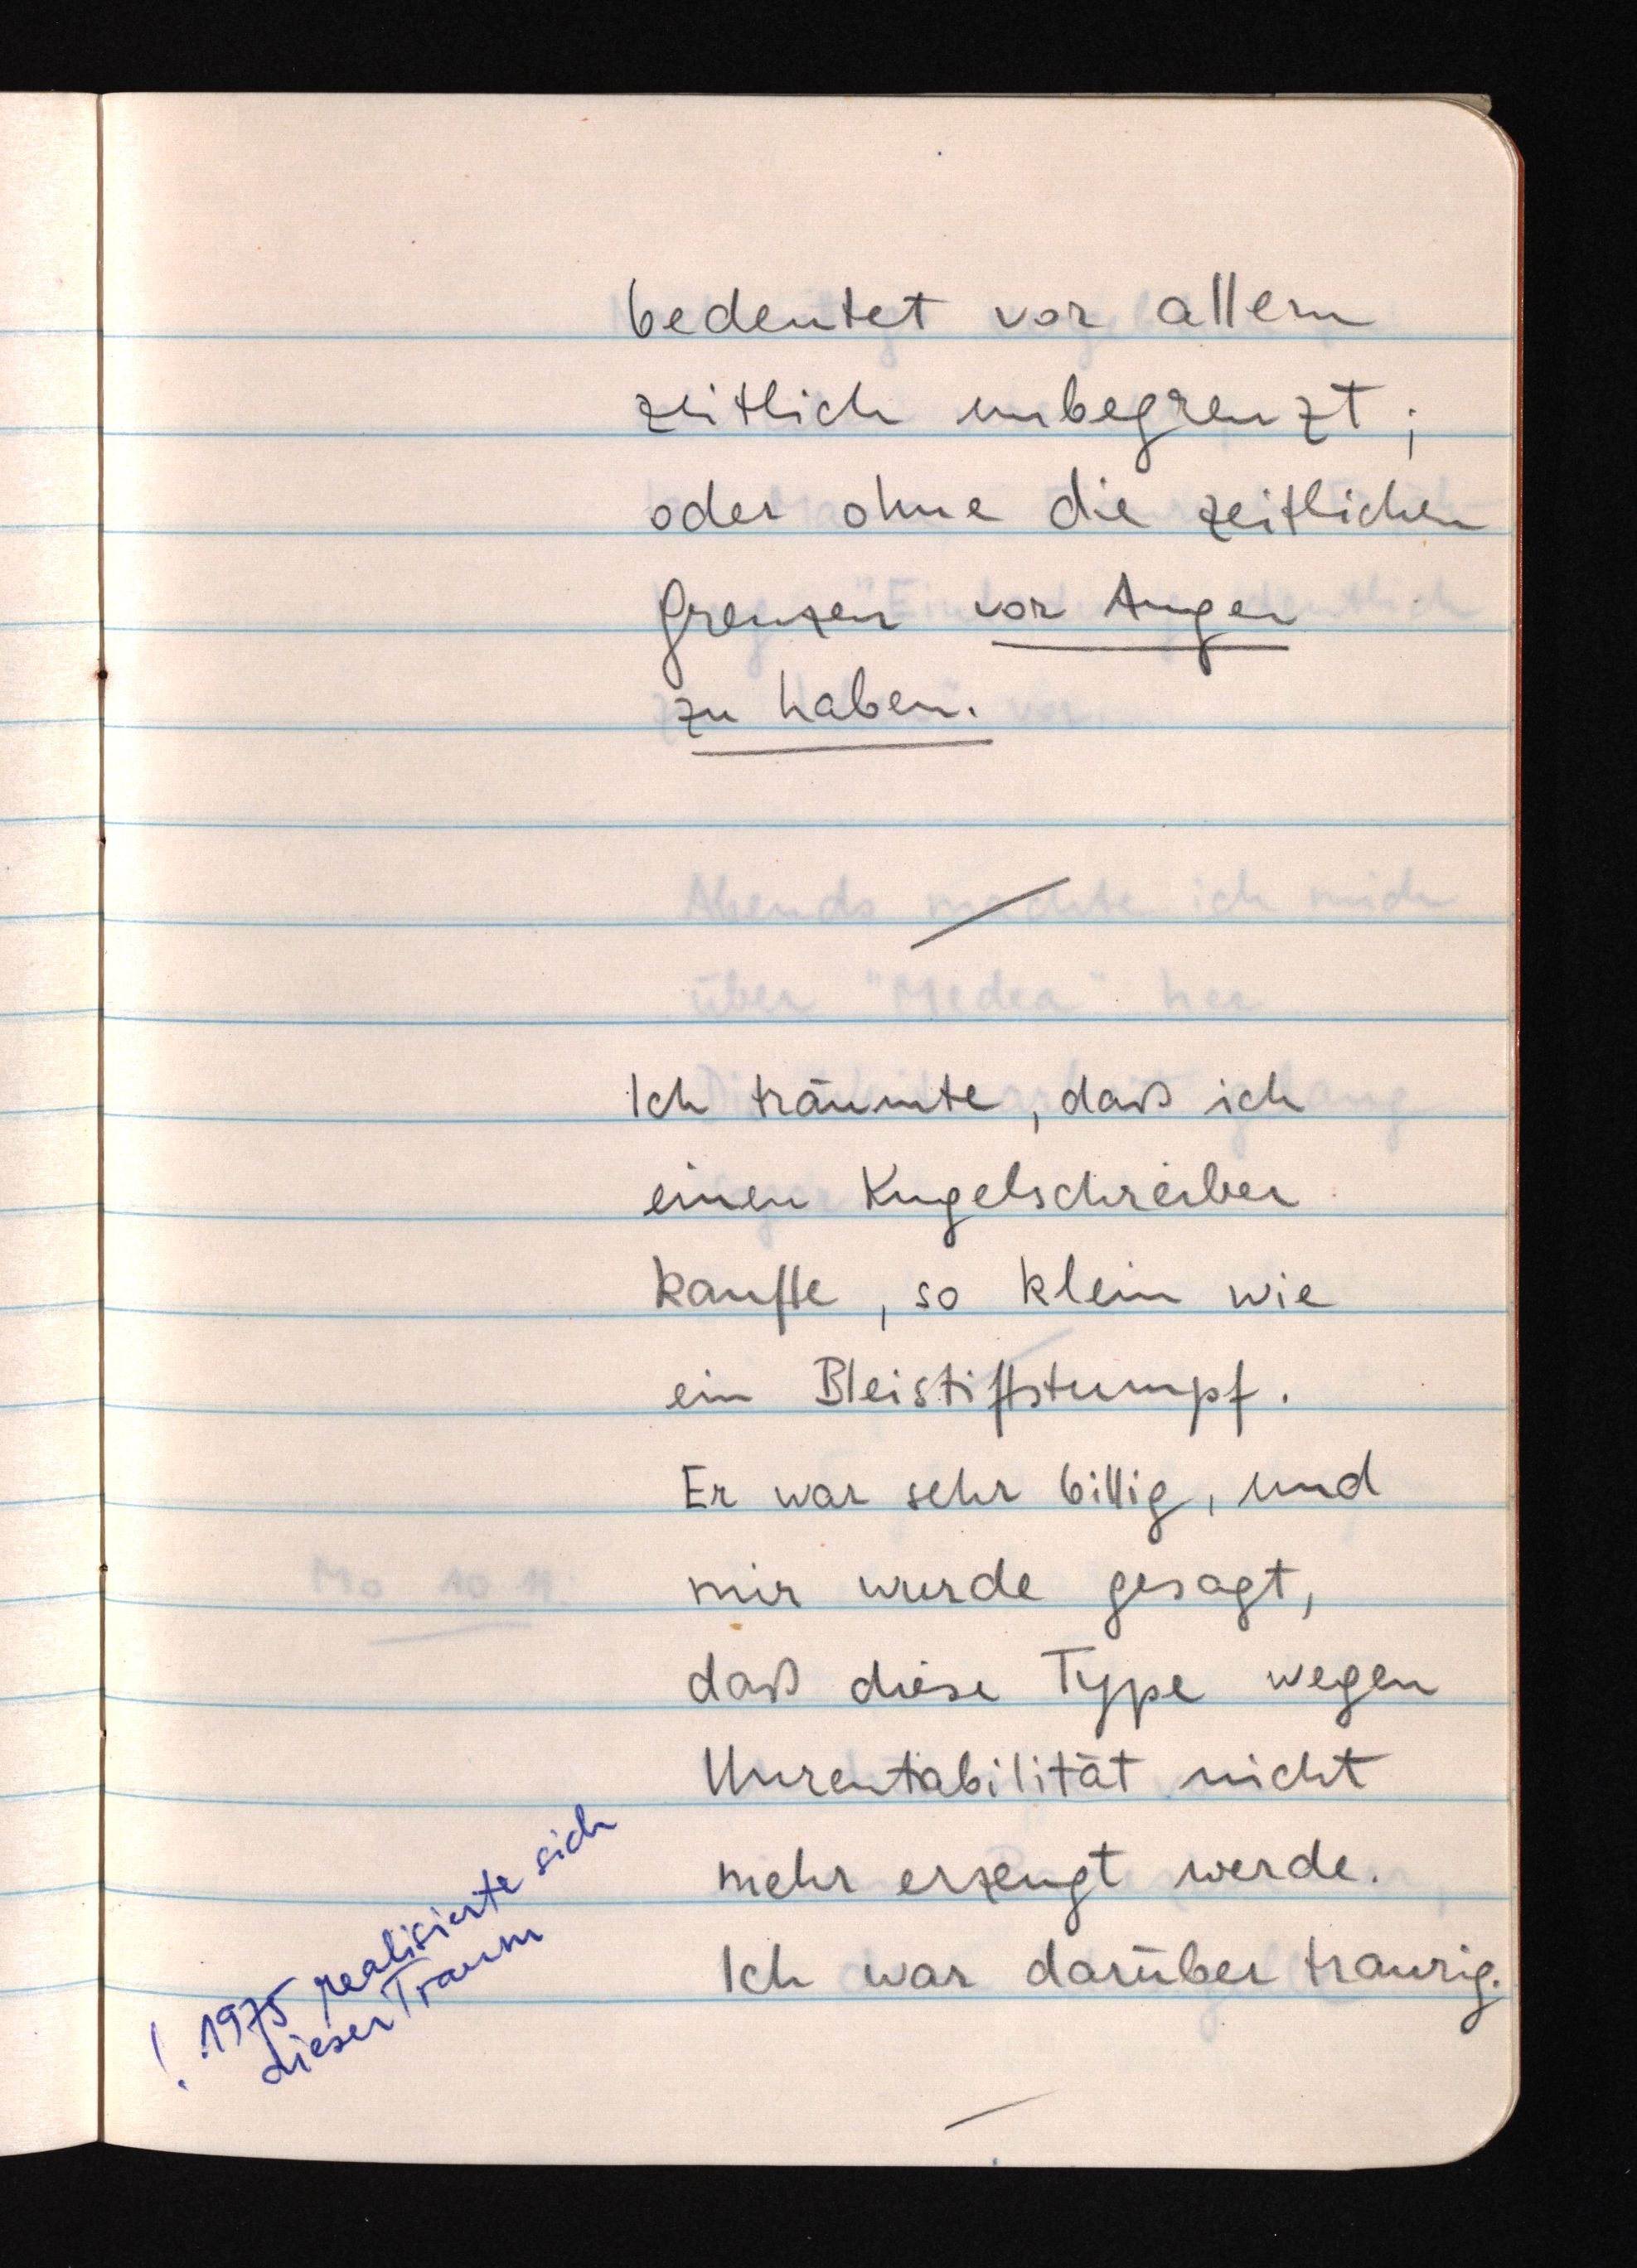
bedeutet vor allem
zeitlich unbegrenzt;
oder ohne die zeitlichen
Grenzen vor Augen
zu haben.
Ich träumte, daß ich
einen Kugelschreiber
kaufte, so klein wie
ein Bleistiftstumpf.
Er war sehr billig, und
mir wurde gesagt,
daß diese Type wegen
Unrentabilität nicht
mehr erzeugt werde.
Ich war darüber traurig.
! 1975 realisierte sich
dieser Traum